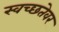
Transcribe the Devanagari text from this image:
स्वच्छतेवर